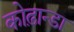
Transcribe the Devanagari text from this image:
कोढ़ान्‍डा